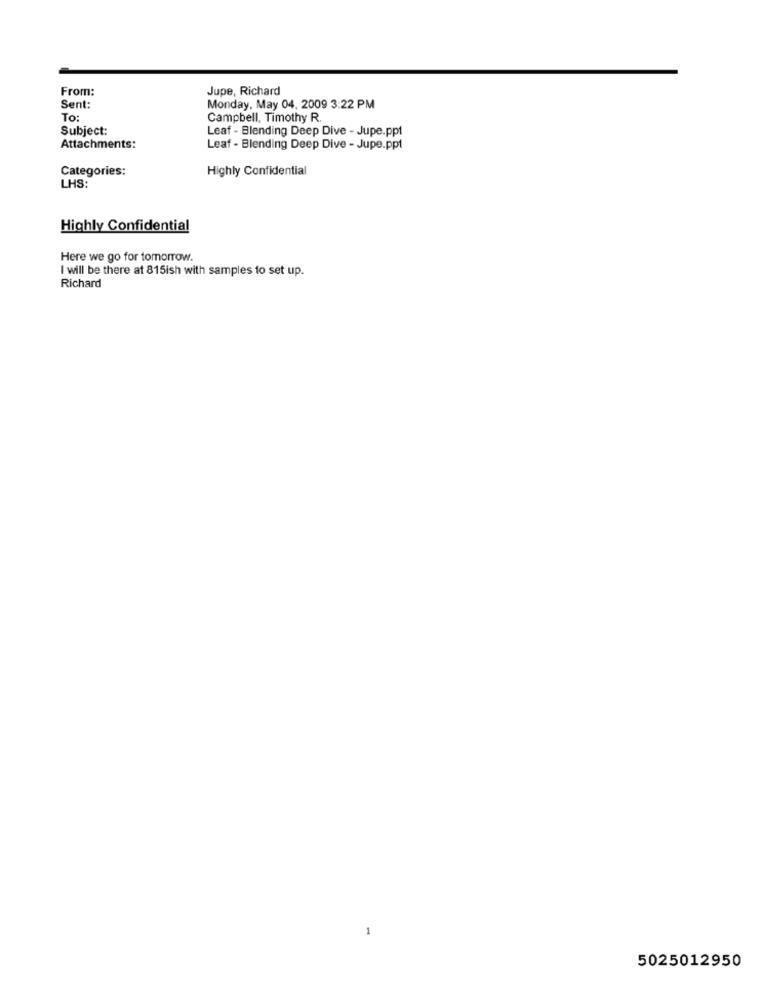
From:
Jupe, Richard
Sent:
Monday, May 04. 2009 3:22 PM
To:
Campbell, Timothy R
Subject:
Leaf - Blending Deep Dive - Jupe.ppt
Attachments:
Leaf - Blending Deep Dive - Jupe.ppt
Categories:
Highly Confidential
LHS:
Highly Confidential
Here we go for tomorrow.
I will be there at 815ish with samples to set up.
Richard
5025012950